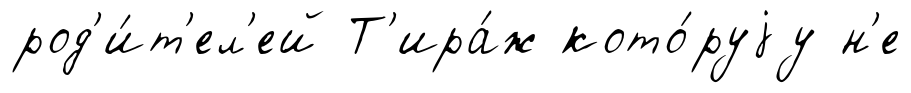
род'и́т'ел'ей Т'ира́ж кото́руjу н'е